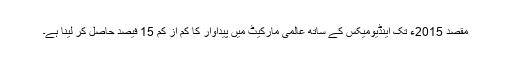
مقصد 2015ء تک اینڈیومیکس کے ساتھ عالمی مارکیٹ میں پیداوار کا کم از کم 15 فیصد حاصل کر لینا ہے۔